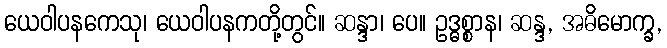
ယေဝါပနကေသု၊ ယေဝါပနကတို့တွင်။ ဆန္ဒာ၊ ပေ။ ဥဒ္ဓစ္စာန၊ ဆန္ဒ, အဓိမောက္ခ,